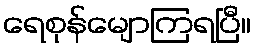
ရေစုန်မျောကြရပြီ။